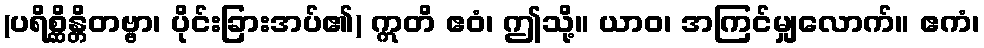
(ပရိစ္ဆိန္တိတဗ္ဗာ၊ ပိုင်းခြားအပ်၏) ဣတိ ဧဝံ၊ ဤသို့။ ယာဝ၊ အကြင်မျှလောက်။ ဧကံ၊